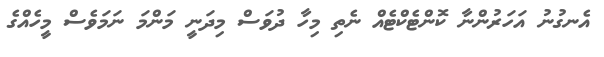
އެނގުނު އަހަރުންނާ ކޮންޓެކްޓެއް ނެތި މިހާ ދުވަސް މިދަނީ މަންމަ ނަމަވެސް މީހެއްގެ